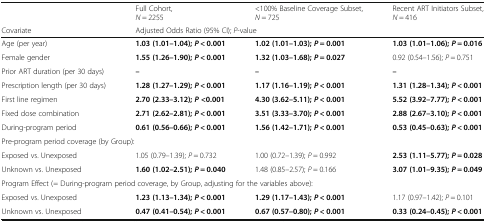
<table><thead><tr><td></td><td><b>Full Cohort,<i>N</i> = 2255</b></td><td><b>&lt;100% Baseline Coverage Subset, <i>N</i> = 725</b></td><td><b>Recent ART Initiators Subset, <i>N</i> = 416</b></td></tr><tr><td><b>Covariate</b></td><td colspan="3"><b>Adjusted Odds Ratio (95% CI); <i>P</i>-value</b></td></tr></thead><tbody><tr><td>Age (per year)</td><td><b>1.03 (1.01–1.04);</b><b><i>P</i></b> <b>&lt; 0.001</b></td><td><b>1.02 (1.01–1.03);</b><b><i>P</i></b> <b>= 0.001</b></td><td><b>1.03 (1.01–1.06);</b><b><i>P</i></b> <b>= 0.016</b></td></tr><tr><td>Female gender</td><td><b>1.55 (1.26–1.90);</b><b><i>P</i></b> <b>&lt; 0.001</b></td><td><b>1.32 (1.03–1.68);</b><b><i>P</i></b> <b>= 0.027</b></td><td>0.92 (0.54–1.56); <i>P</i> = 0.751</td></tr><tr><td>Prior ART duration (per 30 days)</td><td><b>–</b></td><td><b>–</b></td><td><b>–</b></td></tr><tr><td>Prescription length (per 30 days)</td><td><b>1.28 (1.27–1.29);</b><b><i>P</i></b> <b>&lt; 0.001</b></td><td><b>1.17 (1.16–1.19);</b><b><i>P</i></b> <b>&lt; 0.001</b></td><td><b>1.31 (1.28–1.34);</b><b><i>P</i></b> <b>&lt; 0.001</b></td></tr><tr><td>First line regimen</td><td><b>2.70 (2.33–3.12);</b><b><i>P</i></b><b>&lt;0.001</b></td><td><b>4.30 (3.62–5.11);</b><b><i>P</i></b> <b>&lt; 0.001</b></td><td><b>5.52 (3.92–7.77);</b><b><i>P</i></b> <b>&lt; 0.001</b></td></tr><tr><td>Fixed dose combination</td><td><b>2.71 (2.62–2.81);</b><b><i>P</i></b> <b>&lt; 0.001</b></td><td><b>3.51 (3.33–3.70);</b><b><i>P</i></b> <b>&lt; 0.001</b></td><td><b>2.88 (2.67–3.10);</b><b><i>P</i></b> <b>&lt; 0.001</b></td></tr><tr><td>During-program period</td><td><b>0.61 (0.56–0.66);</b><b><i>P</i></b> <b>&lt; 0.001</b></td><td><b>1.56 (1.42–1.71);</b><b><i>P</i></b> <b>&lt; 0.001</b></td><td><b>0.53 (0.45–0.63);</b><b><i>P</i></b> <b>&lt; 0.001</b></td></tr><tr><td colspan="4">Pre-program period coverage (by Group):</td></tr><tr><td>Exposed vs. Unexposed</td><td>1.05 (0.79–1.39); <i>P</i> = 0.732</td><td>1.00 (0.72–1.39); <i>P</i> = 0.992</td><td><b>2.53 (1.11–5.77);</b><b><i>P</i></b> <b>= 0.028</b></td></tr><tr><td>Unknown vs. Unexposed</td><td><b>1.60 (1.02–2.51);</b><b><i>P</i></b> <b>= 0.040</b></td><td>1.48 (0.85–2.57); <i>P</i> = 0.166</td><td><b>3.07 (1.01–9.35);</b><b><i>P</i></b> <b>= 0.049</b></td></tr><tr><td colspan="4">Program Effect (= During-program period coverage, by Group, adjusting for the variables above):</td></tr><tr><td>Exposed vs. Unexposed</td><td><b>1.23 (1.13–1.34);</b><b><i>P</i></b> <b>&lt; 0.001</b></td><td><b>1.29 (1.17–1.43);</b><b><i>P</i></b> <b>&lt; 0.001</b></td><td>1.17 (0.97–1.42); <i>P</i> = 0.101</td></tr><tr><td>Unknown vs. Unexposed</td><td><b>0.47 (0.41–0.54);</b><b><i>P</i></b> <b>&lt; 0.001</b></td><td><b>0.67 (0.57–0.80);</b><b><i>P</i></b> <b>&lt; 0.001</b></td><td><b>0.33 (0.24–0.45);</b><b><i>P</i></b> <b>&lt; 0.001</b></td></tr></tbody></table>